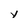
Character: v